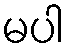
မပါ